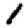
Digit: 1